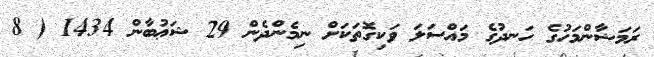
ރަމަޟާންމަހުގެ ހަނދުގެ މައްސަލަ ވަކިގޮތަކަށް ނިމެންދެން 29 ޝަޢުބާން 1434 ( 8